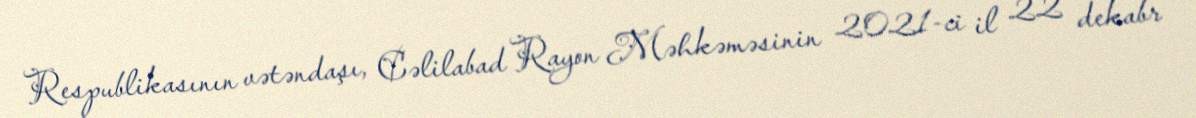
Respublikasının vətəndaşı, Cəlilabad Rayon Məhkəməsinin 2021-ci il 22 dekabr